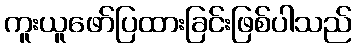
ကူးယူဖော်ပြထားခြင်းဖြစ်ပါသည်